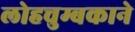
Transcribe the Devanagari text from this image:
लोहचुम्बकाने